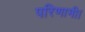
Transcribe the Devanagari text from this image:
परिणामी।